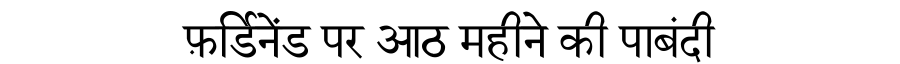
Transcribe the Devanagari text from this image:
फ़र्डिनेंड पर आठ महीने की पाबंदी